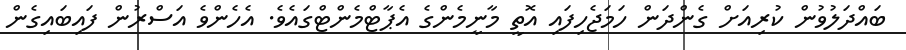
ބައްދަލުވުން ކުރިއަށް ގެންދަން ހަމަޖެހިފައި އޮތީ މާނީމެންގެ އެޕާޓްމެންޓްގައެވެ. އެހެންވެ އަސްރުން ފައިބައިގެން